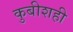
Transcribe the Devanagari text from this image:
कुबीशही